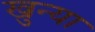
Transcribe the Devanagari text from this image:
खुन्या